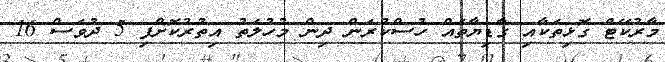
މާރުކޭޓް ގޮޅިތަކާއި ގާޑިޔާތައް ހުސްކުރަން ދިން މުހުލަތު އިތުރުކޮށްފި 5 ދުވަސް 16